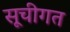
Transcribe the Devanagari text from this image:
सूचीगत